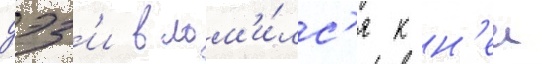
дэз'и влом'и́лс'я к н'еи